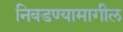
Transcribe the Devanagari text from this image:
निवडण्यामागील